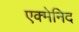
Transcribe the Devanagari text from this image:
एक्मेनिद